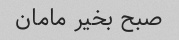
صبح بخیر مامان